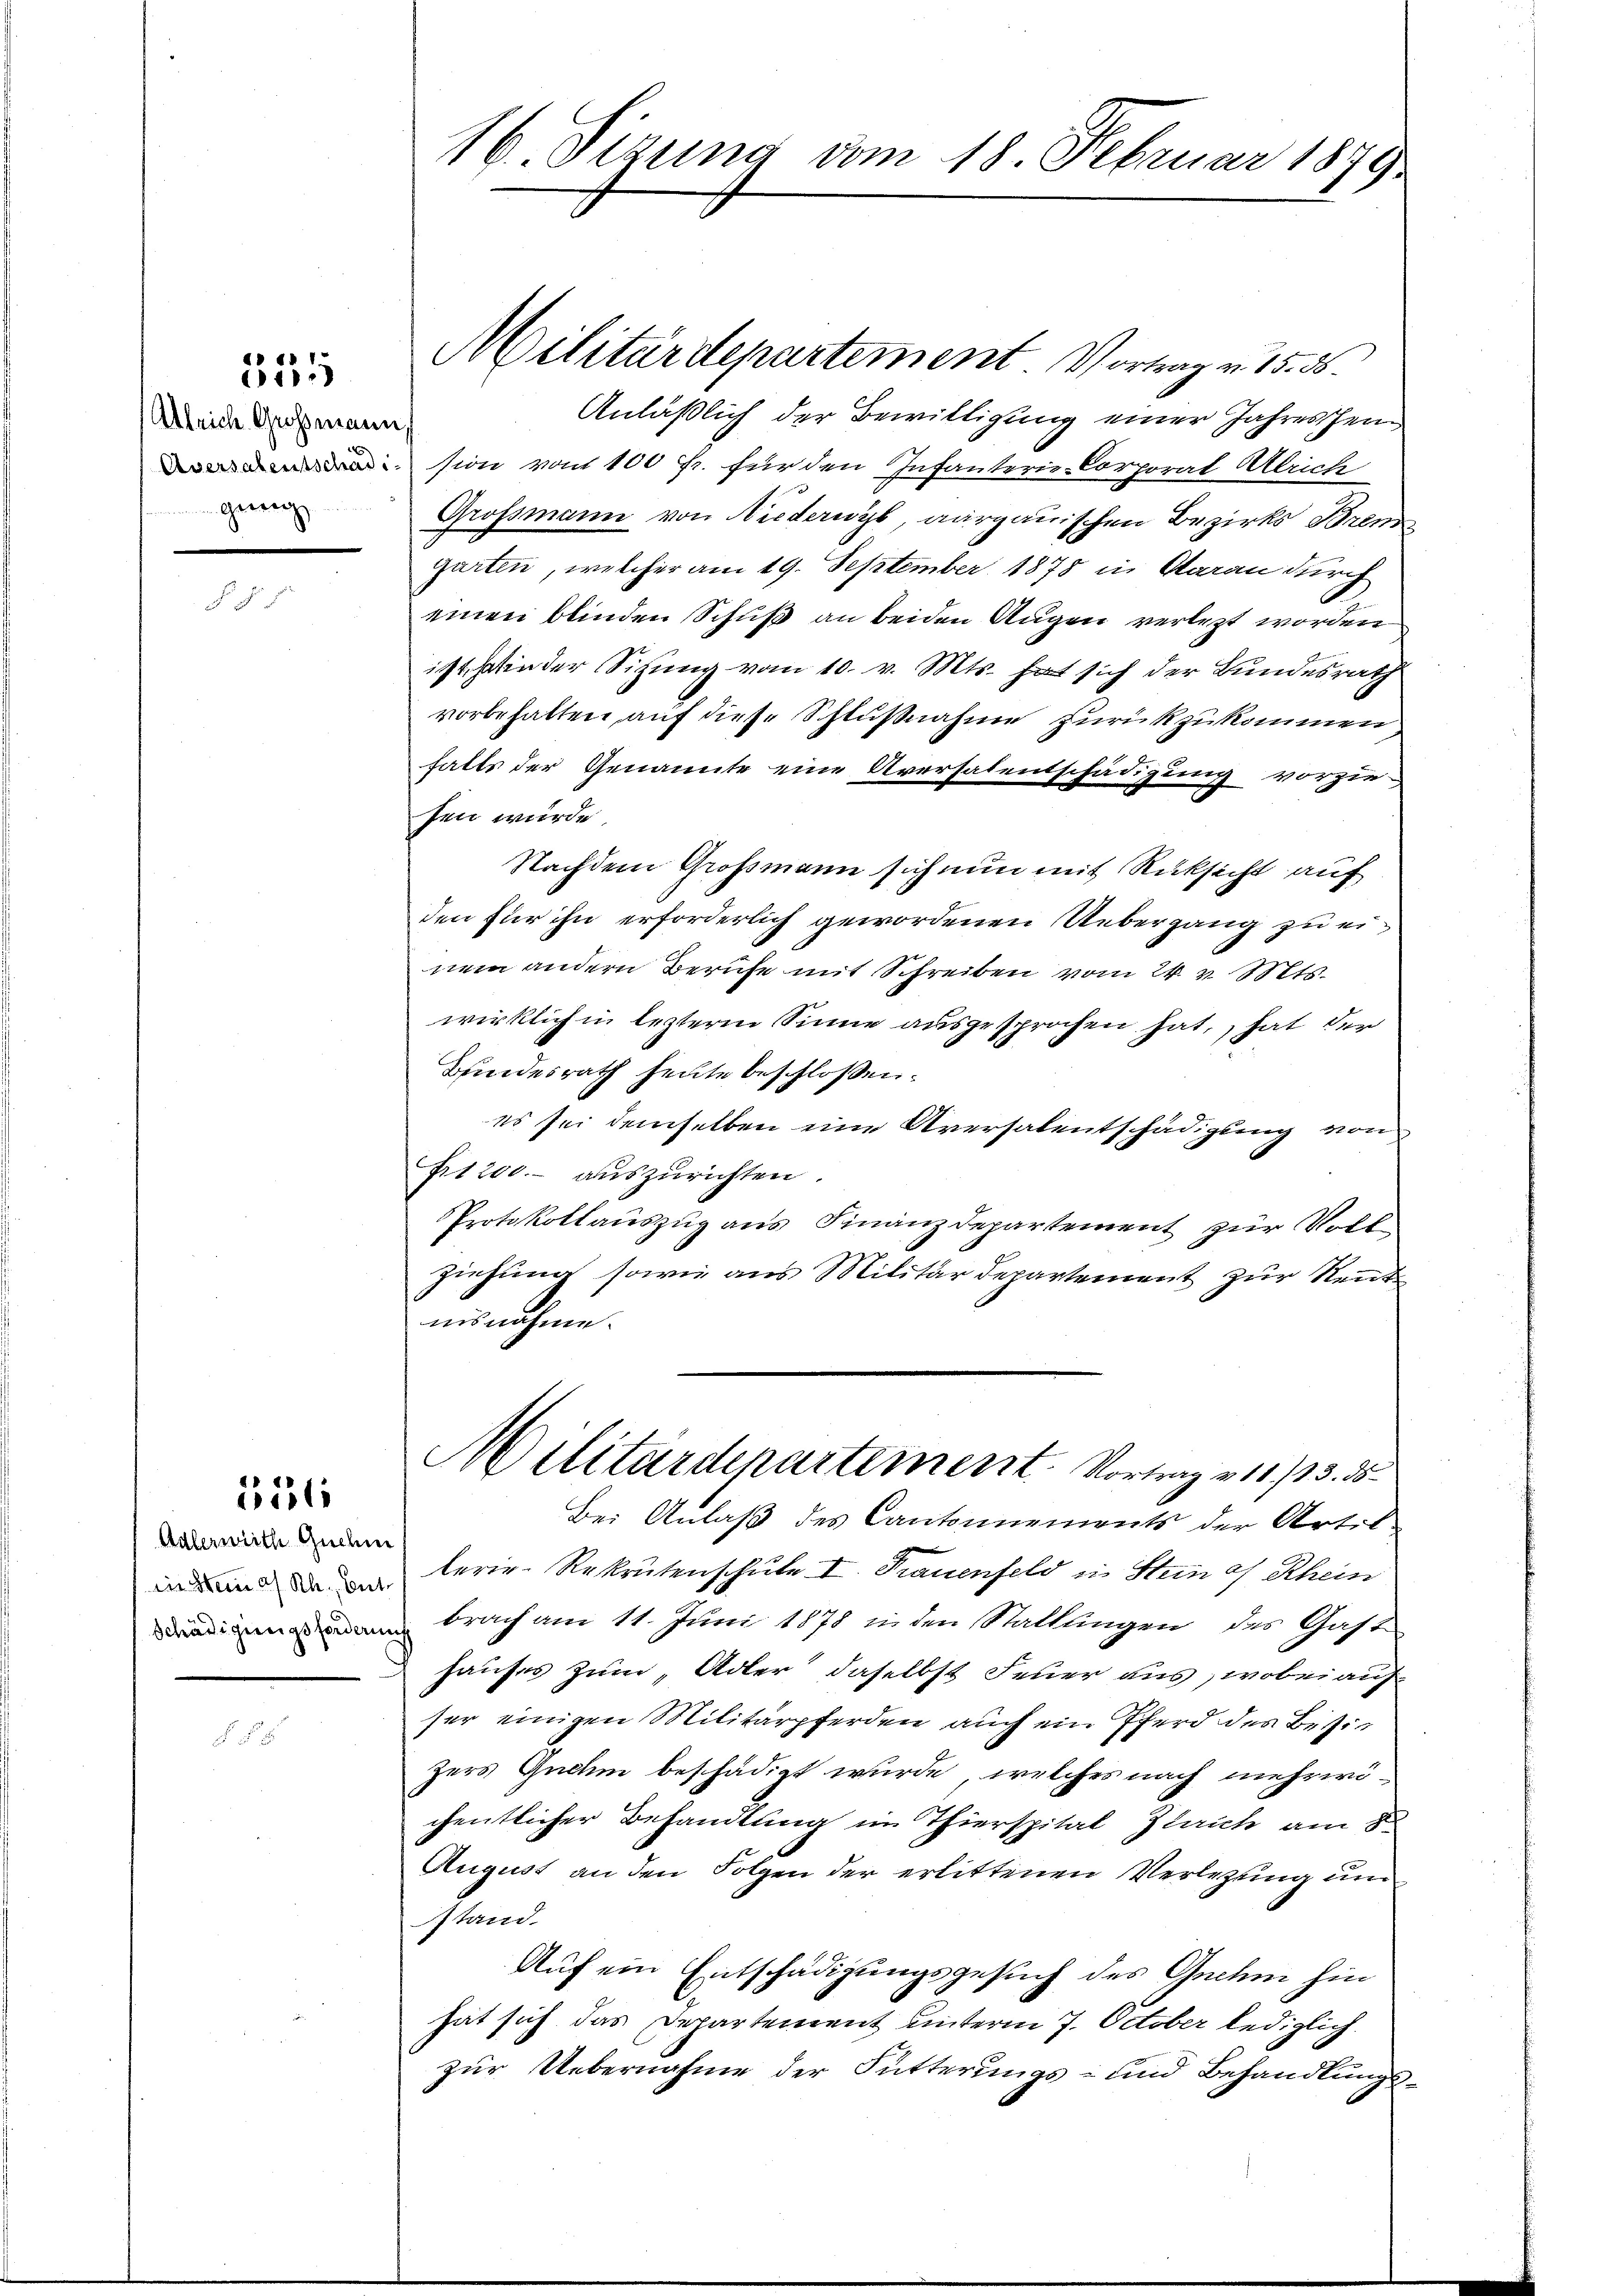
Allrich Großmann,
geeig

335

351

Adlerweith Guchne
in Stein a/Rh., bet
Schädigungsforderin

16. Sizung vom 18. Februar 1879

Militärdepartement. Vortrag v. 15. 56.
Anläßlich der Bewilligung einer Jahreshein
sion vom 100 fr. für den Infanterie-Corporat Allrich
Großmann von Niederwyl, aargauischen Bezirks Bren
garten, welcher am 19. September 1878 in Aarau durch
einen blinden Schuß an beiden Augen verletzt worden
ist in der Sitzung vom 10. v. Mts. hat sich der Bundesrath
vorbehalten auf diese Schlußnahme zurückzukommen
falls der Genannte eine Aversalentschädigung vorzie-
sen wurde.
Nachdem Großmann sich nun mit Rücksicht auf
den für ihn erforderlich gewordenen Uebergang zu einem andern Berufe mit Schreiben vom 24. v. Mts.
wirklich in lezterm Sinne ausgesprochen hat, hat der
Bundesrath heute beschlossen:
es sei demselben eine Aversalentschädigung von
ft 200.- auszurichten.
Protokollauszug aus Finanzdepartement zur Voll¬
Ziehung sowie aus Militärdepartement zur Rent
nisnahme.
Militärdepartement. Vortrag v. 11. 13. 35
Bei Anlaß des Cantonnements der Artil-
terie-Rekrutenschule I. Trauenfeld in Steines Rhein
brach am 11. Juni 1878 in den Stattlingen des Gast
hauses zum „Adler daselbst Feuer aus, wobei auf
ser einigen Militärpferden auch ein Pferd des Besizers Gnehin beschädigt wurde, welches nach mehrwichentlicher Behandlung im Thierspital Zlaich am 8t
August an den Folgen der erlittenen Verlegung und
stand.
Auf ein Entschädigungsgesuch des Gnehm hin
hat sich das Departement unterm 7. October lediglich.
zur Uebernahme der Fütterungs- und Behandlungs¬